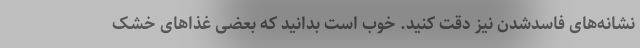
نشانه‌های فاسدشدن نیز دقت کنید. خوب است بدانید که بعضی غذاهای خشک